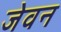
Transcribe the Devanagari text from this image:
जेवन